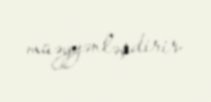
müəyyənləşdirir.